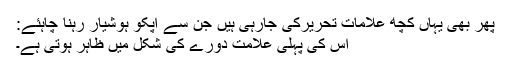
پھر بھی یہاں کچھ علامات تحریرکی جارہی ہیں جن سے آپکو ہوشیار رہنا چاہئے:
اس کی پہلی علامت دورے کی شکل میں ظاہر ہوتی ہے۔